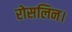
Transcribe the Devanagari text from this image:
रोसलिन।